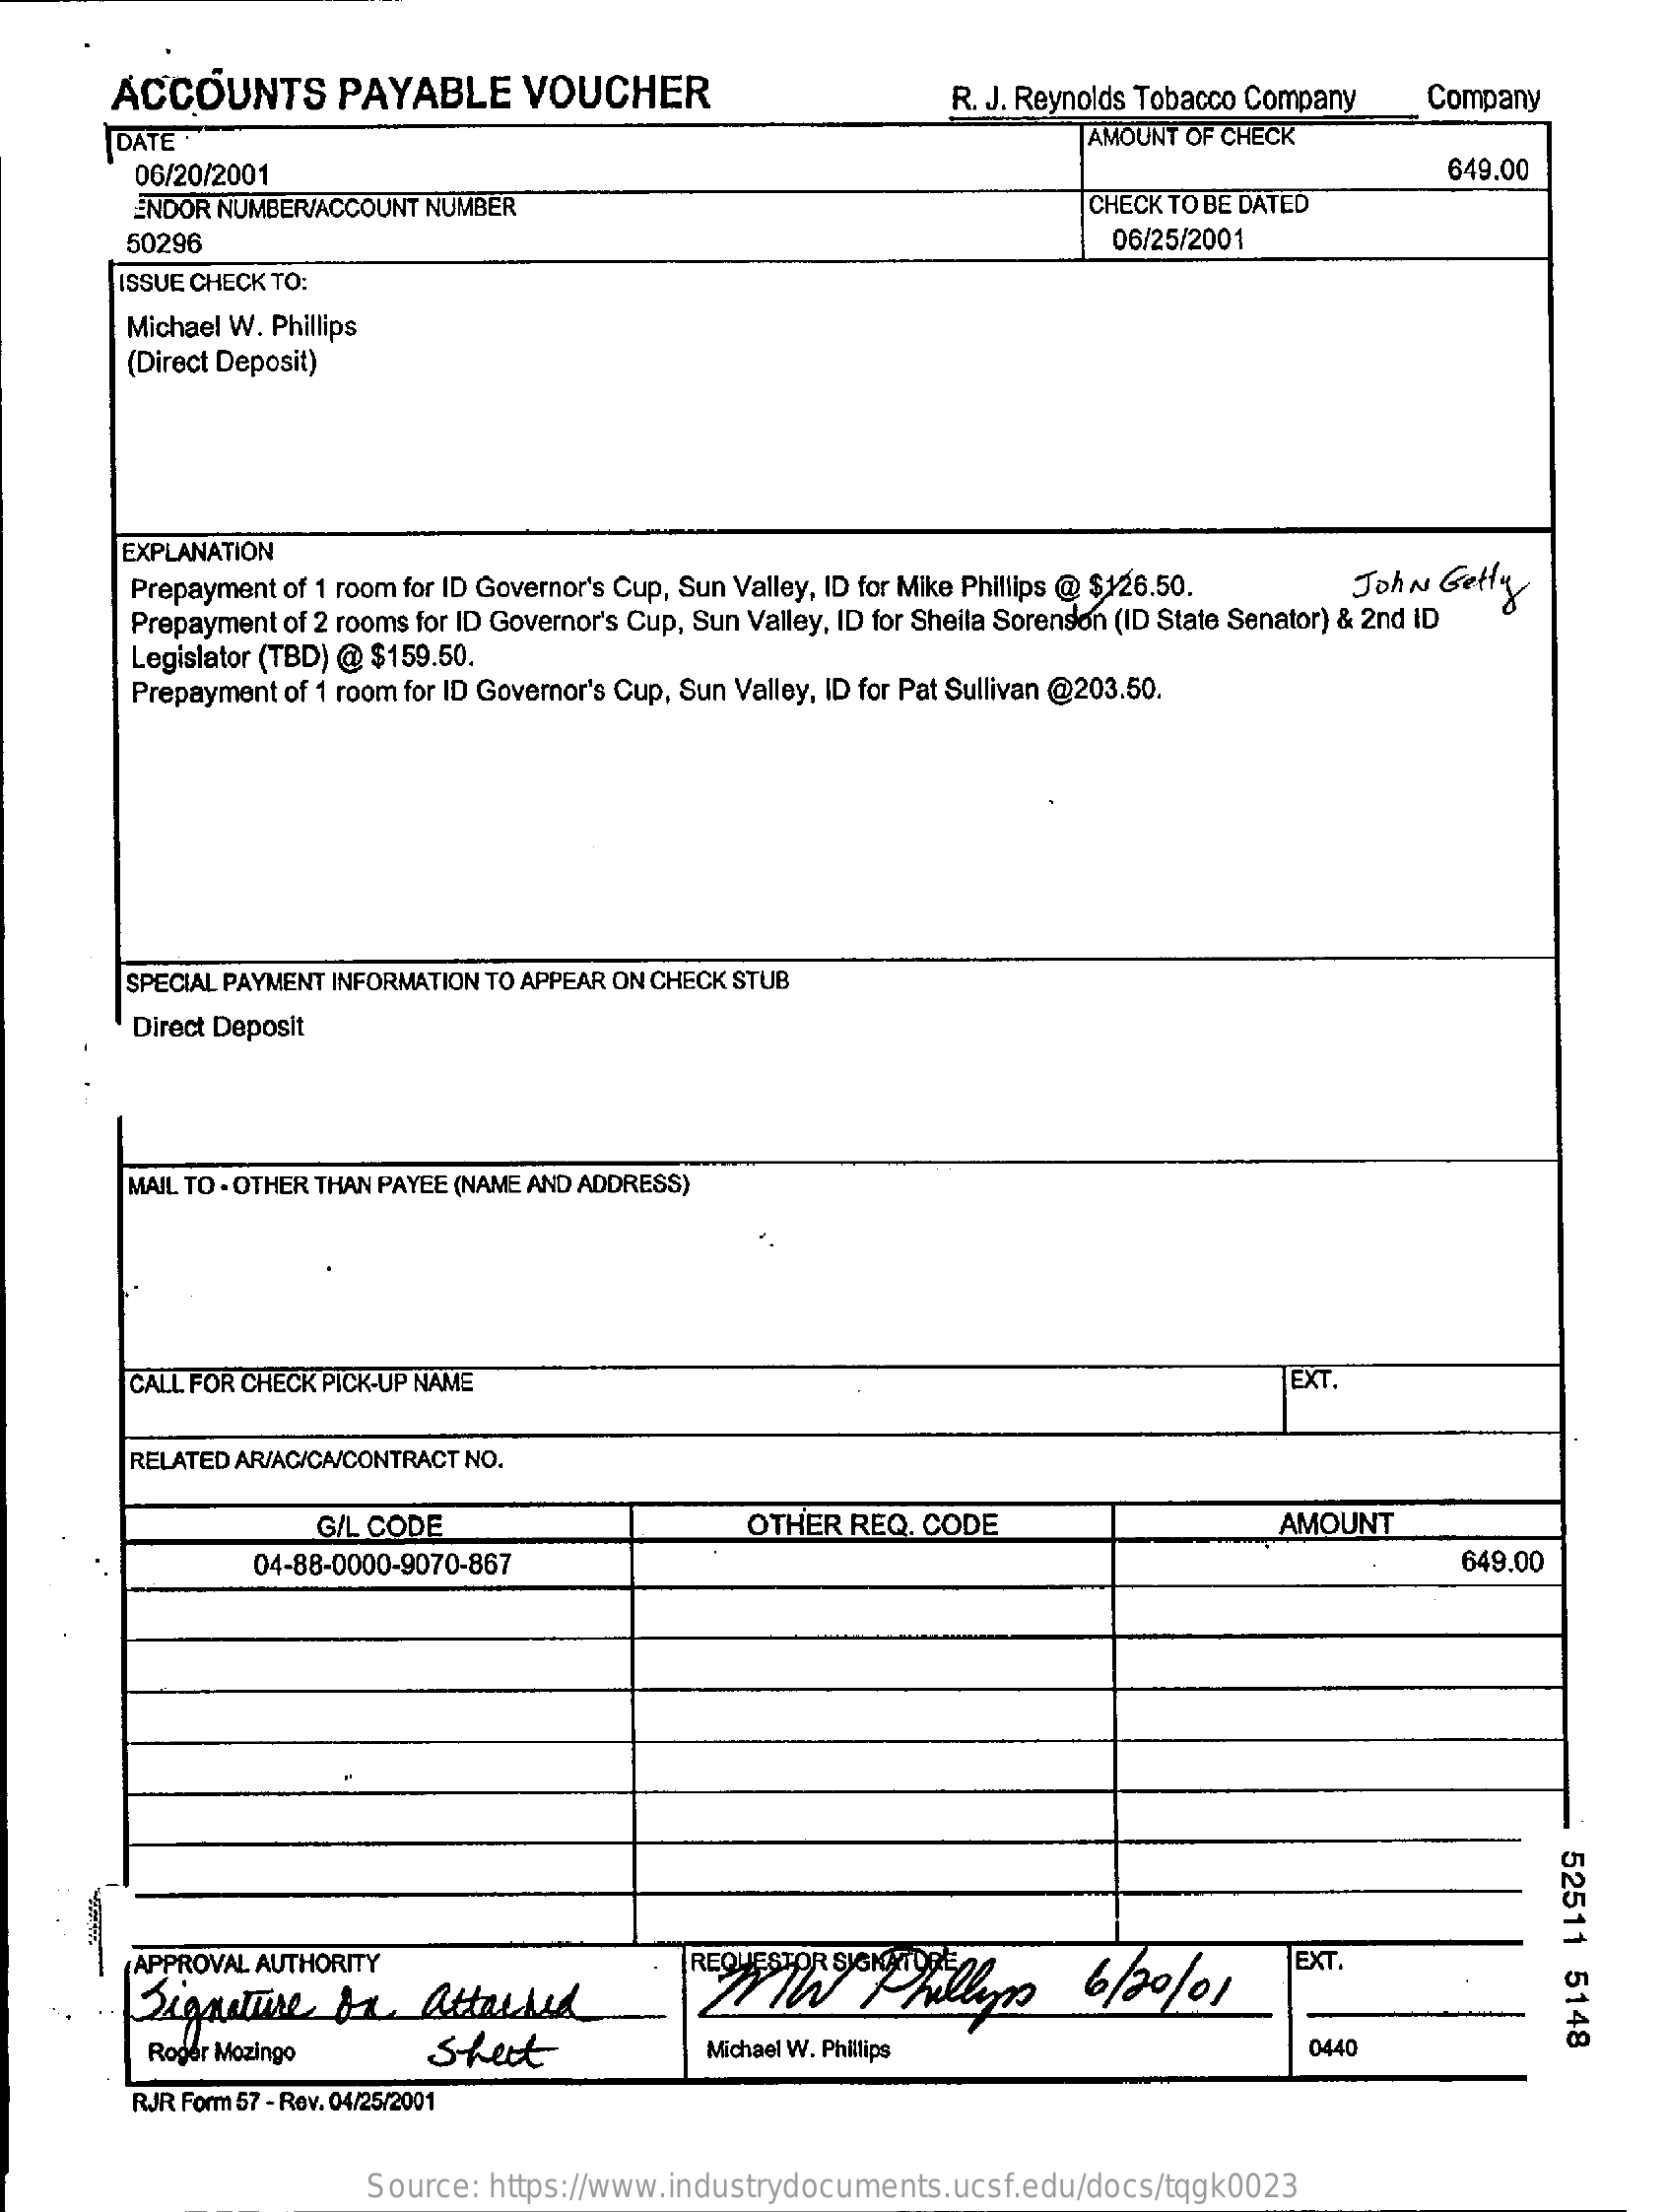
ACCOUNTS    PAYABLE    VOUCHER    R. J. Reynolds Tobacco Company  Company
     DATE    AMOUNT OF CHECK
     06/20/2001    649.00
     ENDOR NUMBER/ACCOUNT NUMBER    CHECK TO BE DATED
     50296    06/25/2001
     ISSUE CHECK TO:
     Michael W. Phillips
     (Direct Deposit)
     EXPLANATION
     Prepayment of 1 room for ID Governor's Cup, Sun Valley, ID for Mike Phillips @ $126.50. John Getty
     Prepayment of 2 rooms for ID Governor's Cup, Sun Valley, ID for Sheila Sorenson (ID State Senator) & 2nd ID
     Legislator (TBD) @ $159.50.
     Prepayment of 1 room for ID Governor's Cup, Sun Valley, ID for Pat Sullivan @203.50.
     SPECIAL PAYMENT INFORMATION TO APPEAR ON CHECK STUB
     Direct Deposit
     MAIL TO . OTHER THAN PAYEE (NAME AND ADDRESS)
     CALL FOR CHECK PICK-UP NAME    EXT
     RELATED AR/AC/CA/CONTRACT NO.
     G/L CODE    OTHER  REQ. CODE    AMOUNT
     04-88-0000-9070-867    649.00
     52511
     5148
     APPROVAL AUTHORITY    EXT.
     Signature   on    attached
     Roger Mozingo    Sheet    Michael W. Phillips    0440
     RJR Form 57 - Rev. 04/25/2001
     Source: https://www.industrydocuments.ucsf.edu/docs/tqgk0023